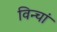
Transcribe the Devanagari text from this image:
विन्चां